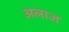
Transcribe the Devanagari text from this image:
अलाज